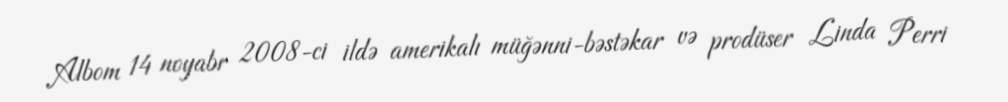
Albom 14 noyabr 2008-ci ildə amerikalı müğənni-bəstəkar və prodüser Linda Perri